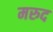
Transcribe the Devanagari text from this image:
मरुद